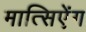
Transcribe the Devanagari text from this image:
मात्सिऐंग